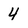
Character: 4